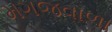
મગજવાળા